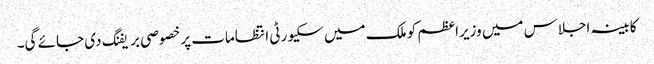
کابینہ اجلاس میں وزیراعظم کو ملک میں سکیورٹی انتظامات پرخصوصی بریفنگ دی جائے گی۔